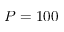
P = 1 0 0